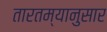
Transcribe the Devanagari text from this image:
तारतम्यानुसार